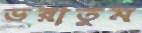
ভরাতুম